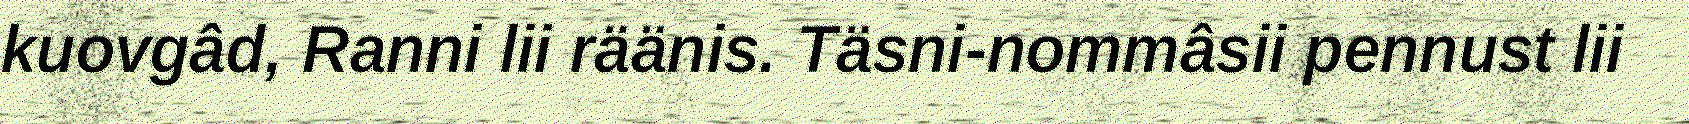
kuovgâd, Ranni lii räänis. Täsni-nommâsii pennust lii